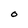
Character: O